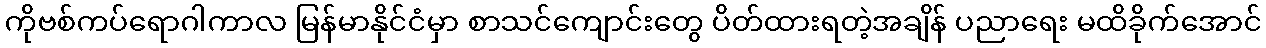
ကိုဗစ်ကပ်ရောဂါကာလ မြန်မာနိုင်ငံမှာ စာသင်ကျောင်းတွေ ပိတ်ထားရတဲ့အချိန် ပညာရေး မထိခိုက်အောင်